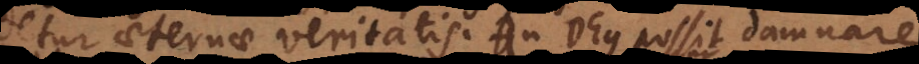
detur aeternae veritatis. An Deus possit damnare